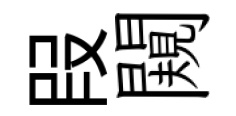
叚闚